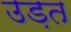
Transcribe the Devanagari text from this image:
उड़त